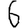
Digit: 6